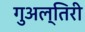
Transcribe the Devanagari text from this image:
गुअल्तिरी